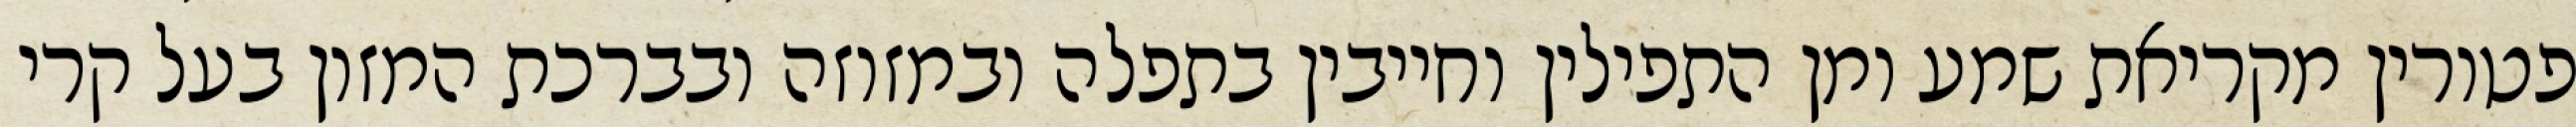
פטורין מקריאת שמע ומן התפילין וחייבין בתפלה ובמזוזה ובברכת המזון בעל קרי